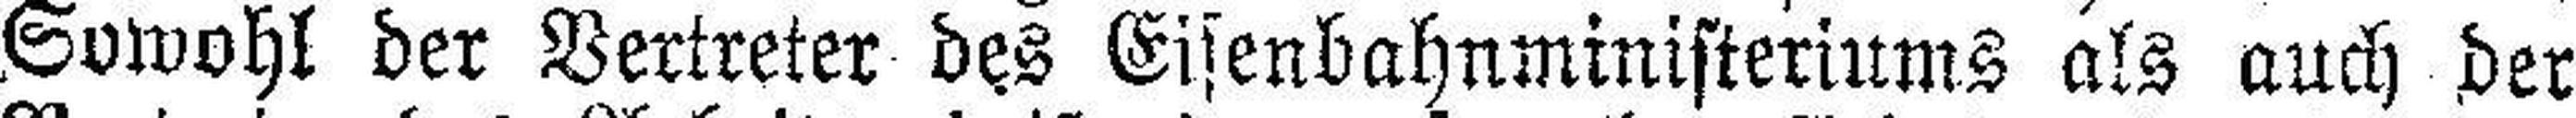
Sowohl der Vertreter des Eisenbahnministeriums als auch der